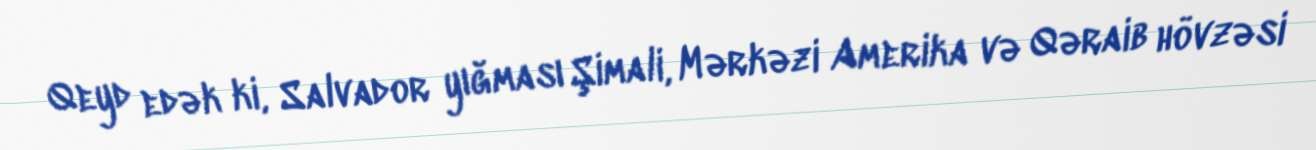
Qeyd edək ki, Salvador yığması Şimali, Mərkəzi Amerika və Qəraib hövzəsi